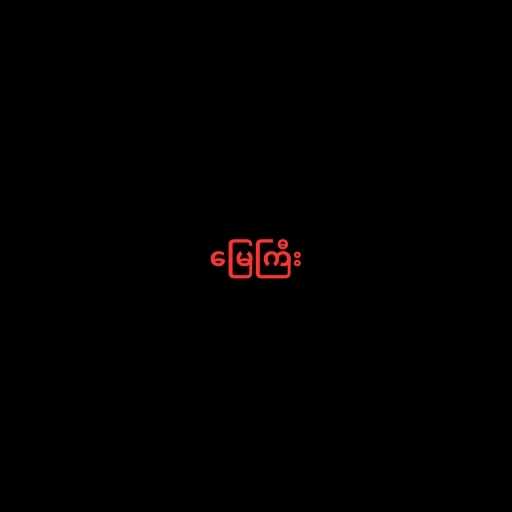
မြေကြီး